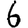
Digit: 6